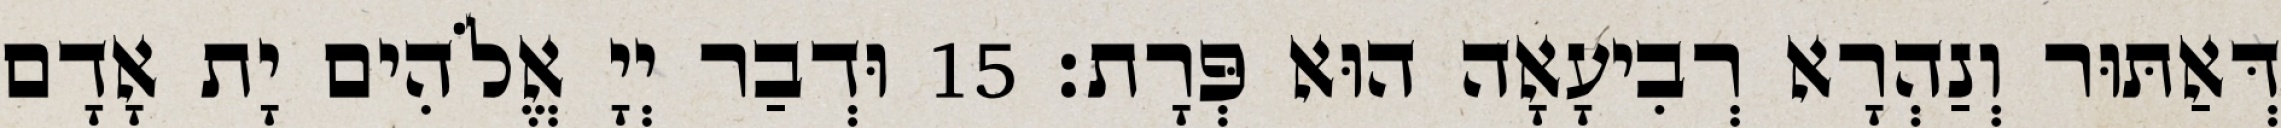
דְּאַתּוּר וְנַהְרָא רְבִיעָאָה הוּא פְּרָת׃ 15 וּדְבַר יְיָ אֱלֹהִים יָת אָדָם